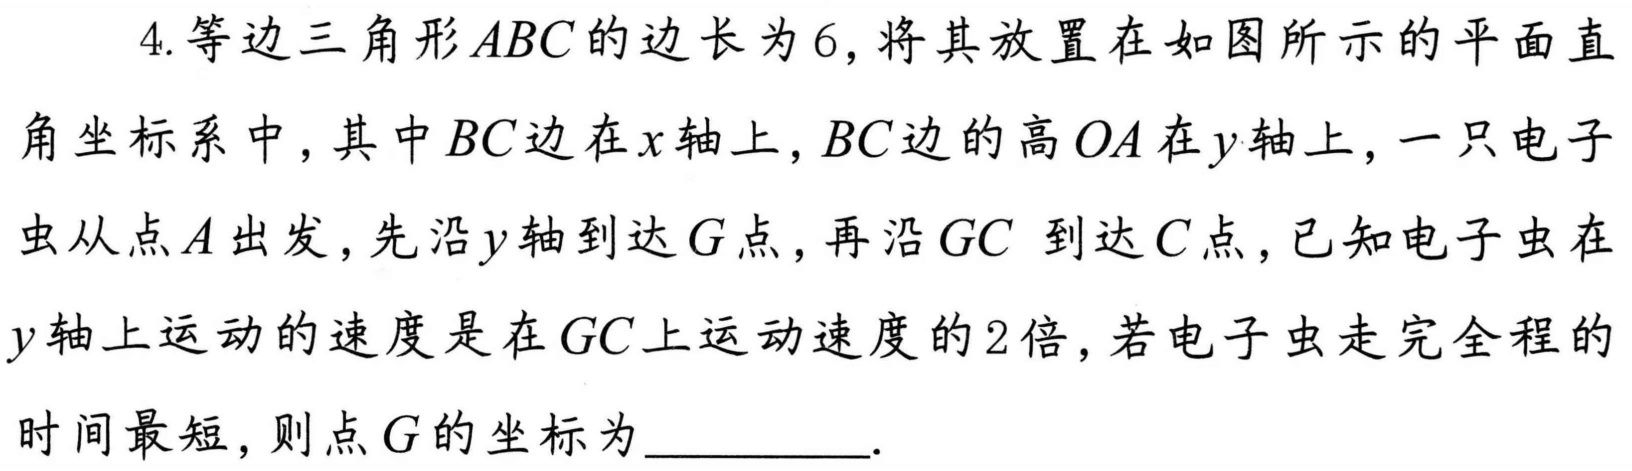
4. 等边三角形$ABC$的边长为$6$，将其放置在如图所示的平面直角坐标系中，其中$BC$边在$x$轴上，$BC$边的高$OA$在$y$轴上，一只电子虫从点$A$出发，先沿$y$轴到达$G$点，再沿$GC$ 到达$C$点，已知电子虫在$y$轴上运动的速度是在$GC$上运动速度的$2$倍，若电子虫走完全程的时间最短，则点$G$的坐标为__________.